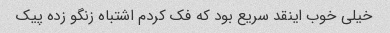
خیلی خوب اینقد سریع بود که فک کردم اشتباه زنگو زده پیک